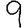
Digit: 9